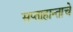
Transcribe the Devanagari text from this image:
सप्ताहान्ताचे